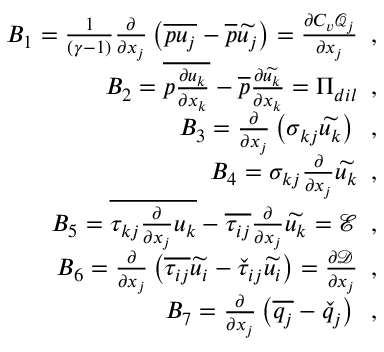
\begin{array} { r } { B _ { 1 } = \frac { 1 } { ( \gamma - 1 ) } \frac { \partial } { \partial x _ { j } } \left( \overline { { p u _ { j } } } - \overline { { p } } \widetilde { u _ { j } } \right) = \frac { \partial C _ { v } \mathcal { Q } _ { j } } { \partial x _ { j } } \, \mathrm { ~ , ~ } } \\ { B _ { 2 } = \overline { { p \frac { \partial u _ { k } } { \partial x _ { k } } } } - \overline { { p } } \frac { \partial \widetilde { u _ { k } } } { \partial x _ { k } } = \Pi _ { d i l } \, \mathrm { ~ , ~ } } \\ { B _ { 3 } = \frac { \partial } { \partial x _ { j } } \left( \sigma _ { k j } \widetilde { u _ { k } } \right) \, \mathrm { ~ , ~ } } \\ { B _ { 4 } = \sigma _ { k j } \frac { \partial } { \partial x _ { j } } \widetilde { u _ { k } } \, \mathrm { ~ , ~ } } \\ { B _ { 5 } = \overline { { \tau _ { k j } \frac { \partial } { \partial x _ { j } } u _ { k } } } - \overline { { \tau _ { i j } } } \frac { \partial } { \partial x _ { j } } \widetilde { u _ { k } } = \mathcal { E } \, \mathrm { ~ , ~ } } \\ { B _ { 6 } = \frac { \partial } { \partial x _ { j } } \left( \overline { { \tau _ { i j } } } \widetilde { u _ { i } } - \check { \tau } _ { i j } \widetilde { u _ { i } } \right) = \frac { \partial \mathcal { D } } { \partial x _ { j } } \, \mathrm { ~ , ~ } } \\ { B _ { 7 } = \frac { \partial } { \partial x _ { j } } \left( \overline { { q _ { j } } } - \check { q } _ { j } \right) \, \mathrm { ~ , ~ } } \end{array}